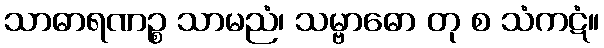
သာဓာရဏဉ္စ သာမညံ၊ သမ္ဗာဓော တု စ သံကဋံ။